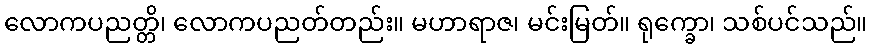
လောကပညတ္တိ၊ လောကပညတ်တည်း။ မဟာရာဇ၊ မင်းမြတ်။ ရုက္ခော၊ သစ်ပင်သည်။